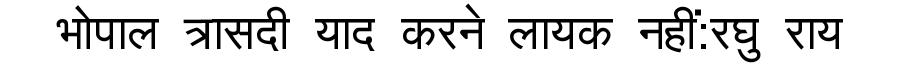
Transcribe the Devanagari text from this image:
भोपाल त्रासदी याद करने लायक नहीं:रघु राय